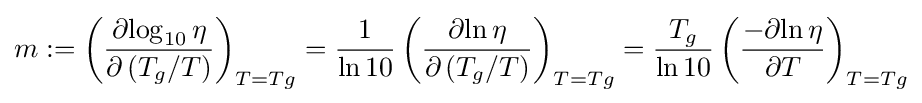
{m}:=\left({\partial {\log _{10}\eta } \over \partial \left(T_{g}/T\right)}\right)_{T=Tg}={\frac {1}{\ln 10}}\left({\partial {\ln \eta } \over \partial \left(T_{g}/T\right)}\right)_{T=Tg}={\frac {T_{g}}{\ln 10}}\left({-\partial {\ln \eta } \over \partial T}\right)_{T=Tg}